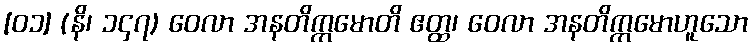
[၀၁] (နိ၊ ၁၄၇) ဝေလာ အနတိက္ကမောတိ ဧတ္ထ၊ ဝေလာ အနတိက္ကမောဟူသော